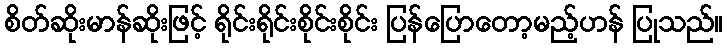
စိတ်ဆိုးမာန်ဆိုးဖြင့် ရိုင်းရိုင်းစိုင်းစိုင်း ပြန်ပြောတော့မည့်ဟန် ပြုသည်။